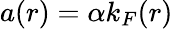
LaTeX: a(r)=\alpha k_{F}(r)